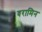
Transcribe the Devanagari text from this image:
वरामिन